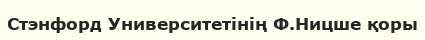
Стэнфорд Университетінің Ф.Ницше қоры